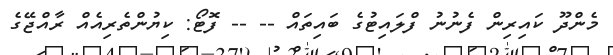
މެންދޫ ކައިރިން ފެނުނު ފްލައިޓުގެ ބައިތައް -- -- ފޮޓޯ: ކިޔުންތެރިއެއް ރާއްޖޭގެ